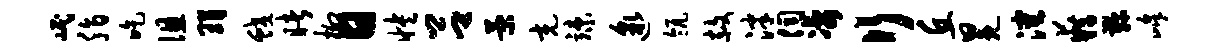
岷脂吃徂瑁蛟睹柳日怏吕菊充竦邈瓴赦泮伺凄行丘冕沈籍鞠峰